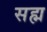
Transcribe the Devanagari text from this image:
सह्म